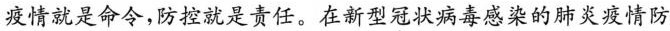
疫情就是命令，防控就是责任。在新型冠状病毒感染的肺炎疫情防